Report on sanitation, dispensaries, and jails in Rajputana for 1913, and on vaccination for the year 1913-1914 - 1913-1914
Year: 1913
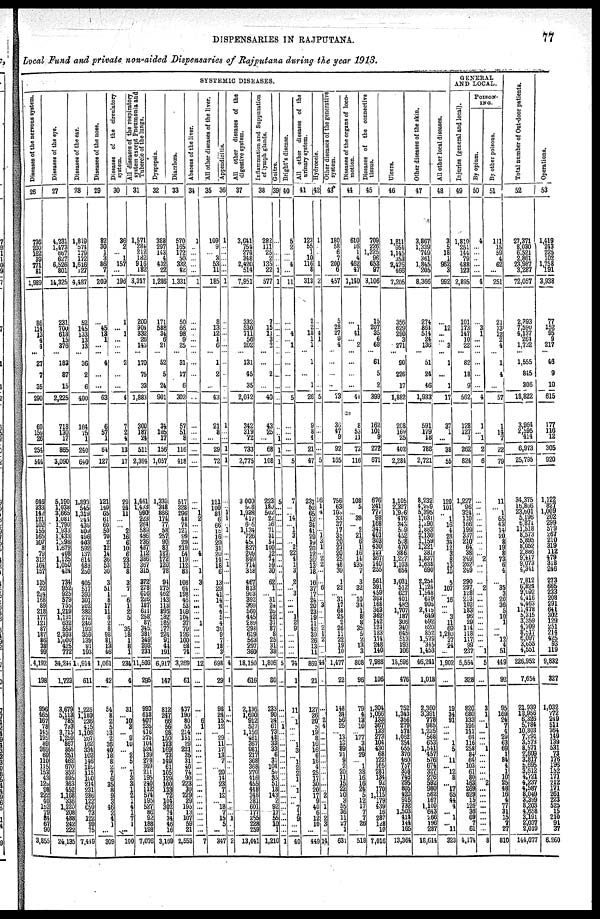
DISPENSARIES IN RAJPUTANA.
77
Local Fund and private non-aided Dispensaries of Rajputana during the year 1913.
SYSTEMIC DISEASES.
Diseases of the nervous system.
26
736
200
162
39
771
81
1,989
86
114
13
4
4
...
27
7
35
290
69
159
26
254
544
646
333
142
121
102
155
165
107
8
79
312
164
157
135
72
274
168
89
218
177
121
87
187
86
38
99
4,192
198
996
465
167
78
145 195
89 269
69
110
115
153
43
129
98 222
40
152
79
84
67
90
3,855
Diseases of the eye.
27
4,231
1,473
667
627
6,526
801
14,325
231
700
618
15
376
...
183
87
15
2,225
718
130
17
865
3,090
5,190
1,038
3,665
1,081
1,790
1,933
1,433
1,298
1,679
408
1,125
1,050
424
734
952
925
579
755
1,219
1,191
632
553
2,393
1,000
425
772
34,244
1,723
3,679
5,113
785
733
3,715
1,259
867
855
251
462
670
352
695
363
452
1,168
336
1,220
208
488
242
222
24,135
Diseases of the ear.
28
1,819
574
179
172
1,616
127
4,487
52
145
133
13
13
...
36
2
6
400
164
75
1
240
640
1,893
545
1,319
244
435
809
496
403
592
137
614
483
250
405
517
393
301
202
382
272
246
193
359
139
91
193
10,914
611
1,226
1,180
236
415
1,108
287
162
334
102
146
185
115
100
214
231
286
122
650
73
122
99
75
7,449
Diseases of the nose.
29
82
30
1
3
86
7
209
...
45 13
1
...
...
4
...
...
63
6
57
1
64
127
121
140
65
61
60
50
70
2
12
14
36
53
30
3
51
1
8
17
11
8
2
8
98
81
13
46
1,061
42
54
3
2
5
13
2
36 40
18
8
2
7 6
35
8
9
3 46
2
4
1 ...
309
Diseases of the circulatory
system.
30
36
2
... 1
157
...
196
1
... 1
...
...
...
2
...
...
4
7
2
4
13
17
29
24
11
...
... 2
16
6
10
6
23
12
8
3
7
... 6
1
2
5
... 35
18
1 8
1
234
4
31
... 10
2 ...
9 10
...
2
5 ...
7
3
3 1
2
1
4
1
7 1
...
100
All diseases of the respiratory
system except Pneumonia and
Tubercle of the lungs.
31
1,571
284
212
182
916
182
3,347
200
904
332
26
143
...
170
75
33
1,883
300
187
24
511
2,394
1,461
1,433
990
223 264
589
496
236
487
112
386
367
315
372
278
616
226
187
611
258
87
345 381
349
203
231
11,503
295
993
618
407
235
416
375
104
524
139
278
369
211
195
240
112
574
195
527
86
92
188
198
7,076
Dyspepsia.
32
388
297
143
4
432
22
1,286
171
588
34
6
21
...
52
5
24
901
34
105
17
156
1,057
1,330
348
866
174
77
58
257
90
83
187
172
120
78
94
275
462
143
113
898
182
185
177
224
91
44
191
6,917
147
812
247
66 56
98
150
173
169
73
149
61
105
129
100
133
72 104
302
74
34
46
16
3,169
Diarrhœa.
33
570
165
172
50
332
42
1,331
50
66
98
9
25
...
31
17
6
302
57
51
8
116
418
517
328
296
48
78
121
99
29
219
84
119
112
83
108
64
198
46
53
169
104
37
79
126
100 58
74
3,269
61
437
190
80
55
214
151
29
221
35
31
40
74
90
223
30
229
29
195
13
107
59
21
2,553
Abscess
of the liver.
34
1
...
...
...
...
...
1
...
...
...
...
...
... ...
...
...
...
...
...
...
...
...
...
... 1
2
...
...
...
...
... 4
...
... 1
3
...
...
...
...
...
... 1
...
...
...
...
...
12
...
...
... 6
1
...
...
...
...
... ...
...
... ...
...
...
...
...
...
...
...
...
...
7
All other diseases of the liver.
35
109
9
... 3
53
11
185
8
13
12
1
6
...
1
2
...
43
21
8
...
29
72
121
100 84
6
66
18
16
20 31
20
14
18
6
13
29
41
14
4
4
5 4
30
9
7 18
3
698
29
98
24
15 12
... 29
11
17
13
7
... 20
14
23
7 12
... 18
7 15
5 ...
347
Appendicitis.
36
1
...
...
...
...
...
1
...
...
...
...
...
... ...
...
...
...
1
...
...
1
1
...
... 1 1
... 1
...
...
...
...
... 1
...
...
...
...
...
...
...
...
...
...
...
...
...
...
4
1
1
...
...
...
...
... ...
... ...
...
...
...
...
... ...
...
...
... ...
1
...
...
2
All other diseases of the
digestive system.
37
3,641
754
274
348
2,420
514
7,951
332
530
711
56
202
...
131
45
35
2,042
342
319
72
733
2,775
3,000
508
1,938
417
665
1,134
726
450
827
209
849
714
318
467
813
903
392
399
560
445
289
298
619
563
297
360
18,150
616
2,136
1,690
912
527
1,156
481
367
981
217
368
368
270
416
455
448
348
381
601
177
255
228
259
13,041
Inflammation and Suppuration
of lymph glands.
38
282
111
25
2
135
22
577
7
15
11
3
2
... ...
2
...
40
43
25
...
68
108
223
180
502
24
36
71
31
54
100
12
74
59
30
62
1
... 31
24
25
42
37
87
8 25
31
38
1,806
80
233
90
24 61
73
48
33
33
6 31
104 50
35 51
18
143
2 92
17
55
10
1
1,210
Goitre.
39
...
...
...
...
... 1
1
...
...
...
...
...
... ...
...
...
...
...
... 1
1
1
5
...
...
...
...
...
...
...
...
...
...
...
...
...
...
...
...
... ...
...
...
...
... ...
... ...
5
...
...
...
...
1
...
... ...
...
... ...
...
...
...
... ...
...
...
...
...
...
... ...
1
Bright's disease.
40
5
2
...
... 4
...
11
...
... 4
... 1
... ...
...
...
5
...
...
...
...
5
7
...
... 14
... 1
3
... 2
22
4
1
3
2
... 3
...
...
... 1
2
9
...
...
...
...
74
1
11
... 1
...
...
... 1
3
... 1
2
2
1
... 1
...
...
7
1
9
...
...
40
All
other diseases of the
urinary system.
41
123
55
1
10
116
8
313
2
2
18
1
1
...
1
...
1
26
9
8
4
21
47
231
52
65
13
34
41
29
19
20
12
30
13
18
10
37
17
24
29
23
19
11
42
39
26
13
11
869
21
127
26
20
8 19
8 16
16
6 16
4 25
17
30
20
17
9 40
6
12
10
...
449
Hydrocele.
42
1
...
...
... 1
...
2
...
... 4
1
...
... ...
...
...
5
...
...
...
...
5
16
1
4
...
...
... 1
3
1
... 2
2
...
...
6
...
... 3
... ...
... 2
1
2
...
...
44
...
...
... 2
4
...
...
... ...
...
...
...
...
...
...
...
2
...
1
... 2
3
...
14
Other diseases of the generative
system.
43
180
58
6
7
200
6
457
5
28
27
9
4
... ...
...
...
73
36
47
9
92
165
756
63
103
33
37
17
35
20
27
20
25
48
39
1
22
... 31
17
68
25
2
26
11
22
19
10
1,477
22
148
34
56 25
... 13
13
39
21
9 2
20
11
15
22
20 3
55 36
11
27
1
63
Diseases of the organs of loco-
motion.
44
610
16
1
4
462
47
1,140
...
1
41
... 2
... ...
...
...
44
8
53
11
72
116
108
5
... 39
... 2
21
6
1
16
14
435
7
3
32
... 10
34
1
8
8
35
5
2
13
3
808
96
79
4
12
10
... 177
3
34
29
... 1
38
16
16
24
5
12
17
7
7
26
...
518
Diseases of the connective
tissue.
45
709
226
1,325
96
653
97
3,106
15
207
35
6
68
...
61
5
2
399
162
101
9
272
671
676
241
777 98
168
347
401
303
430
127
367
140
255
561
391
459
363
168
363
362
142
124
183
174
248 140
7,988
106
1,304
1,066
133
367 133
273 104
430
68
122
165
281
134
92
170
1,115
179
439
16
287
128
10
7,016
Ulcers.
46
1,811
954
1,145
353
2,476
466
7,205
356
629
290
3
271
...
90
226
17
1,882
208
169
25
402
2,284
1,105
2,327
1,926
476
343
509
452
508
470
386
1,227
1,163
654
1,031
512
627
401
482
1,707
187
306
340
645
513
193
106
18,596
476
752
1,343
356
279
578
1,062
254
655
370
460
757
358
746
295 805
420
916
732
1,503
414
144
165
13,364
Other diseases of the skin.
47
3,867
1,339
749
361
1,845
205
8,366
274
864
514
24
136
...
51
24
46
1,933
591
179
18
788
2,721
8,232
4,499
5,395 1,031
1,290
1,883
2,130
1,159
1,221
381
1,837
1,638
690
2,254
1,124
1,548
619
905
2,415
649
692
620
852
1,579
345
1,453
46,241
1,018
2,360
3,391
778
985
1,235
568
653
1,541
457
576
674
327
276
592
980
562
167
1,100
643
266
196
287
18,614
All other local diseases.
48
3
5
18
1
962
3
992
...
12
...
... 3
...
1
...
1
17
37
1
...
38
55
120
101
... 1
16
4
28
34
12
3
8
13
10
5
107
... 16
...
... 3
11
69
1,280
37
24
...
1,902
...
19
34
91
...
...
... 1
5
... 11
... 12
8
... 17
65
44
4
... 1
... 11
323
GENERAL
AND LOCAL.
Injuries (general and local).
49
1,810
251
144
79
488
123
2,895
101
173
147
10
22
...
82
18
9
562
128
127
7
262
824
1,227
96
324
110
166
199
337
210
64
38
249
262
249
290
297
128
213
102
183
96
29
114
118
117
98
237
5,554
328
820
680
133
195
111
64
116
258
84
64
103
61
80
163
269 629
15
126
36
69 7
61
4,174
POISON-
ING.
By opium.
50
4
...
...
... ...
...
4
...
3
1
...
...
... ...
...
...
4
1
... 1
2
6
...
...
...
...
...
...
...
...
...
... 2
...
...
...
2
...
...
...
...
...
...
...
...
...
... 1
5
...
3
1
... 1
...
...
... 1
...
...
...
...
... 2
...
...
...
...
...
...
...
...
8
By other poisons.
51
111
15
59
4
62
...
251
21
13
12
2
4
...
1
4
...
57
1
14
7
22
79
11
... 1
65
43
14
20
8
19
8
73
6
4
...
35
3
20
36
5
10
1
...
... 12
4
51
449
92
95
169
24
7
4
29
63
69
1
84
4
1
10
25
48
16
4
77 31
15
7
27
810
Total number of Out-door patients.
52
27,371
8,020
6,521
2,861
23,987
3,287
72,057
2,393
7,590
4,137
264
1,732
...
1,555
845
306
18,822
3,964
2,595
414
6,973
25,795
34,375
15,886
23,601
5,196
6,871
11,518
8,573
5,895
8,052
2,886
9,417
9,073
4,311
7,812
6,824
9,092
4,416
4,463
11,478
5,315
3,359
4,709
8,517
6,097
3,655
4,551
226,952
7,654
21,939
18,956
6,326
5,784
10,803
7,291
3,573
8,571
2,609
3,817
5,695
3,612
4,721
4,237
4,587
8,049
3,399
8,203
4,658
3,191
2,037
2,019
144,077
Operations.
53
1,419
243
225
102
1,758
191
3,938
77
152
95
9
217
...
46
9
10
615
177
116
12
305
920
1,122
827
1,009
202
299
579
267
210
319
112
479
318
246
273
665
233
208
291
641
302
129
251
214
425
93
119
9,832
327
1,032
772
249
511
364
149
139
531
73
176
196
152
171
212
171 261 223
525
15
210
91
37
6,260